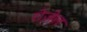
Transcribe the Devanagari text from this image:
रोज़ेल